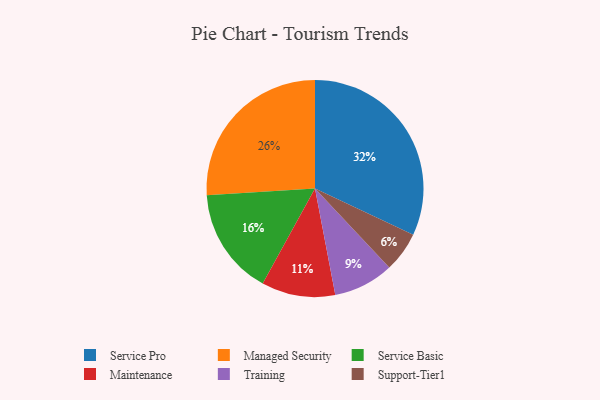
{"axis": {"x": "Category", "y": "Percentage"}, "legend": ["Maintenance", "Managed Security", "Service Basic", "Service Pro", "Support-Tier1", "Training"], "data": [{"x": "Support-Tier1", "y": 6, "type": "Support-Tier1"}, {"x": "Service Pro", "y": 32, "type": "Service Pro"}, {"x": "Training", "y": 9, "type": "Training"}, {"x": "Managed Security", "y": 26, "type": "Managed Security"}, {"x": "Service Basic", "y": 16, "type": "Service Basic"}, {"x": "Maintenance", "y": 11, "type": "Maintenance"}]}